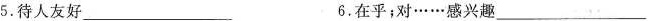
5.待人友好___ 6.在乎；对……感兴趣